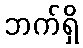
ဘက်ရှိ